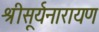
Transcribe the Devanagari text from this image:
श्रीसूर्यनारायण